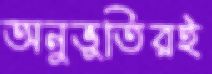
অনুভূতিরই